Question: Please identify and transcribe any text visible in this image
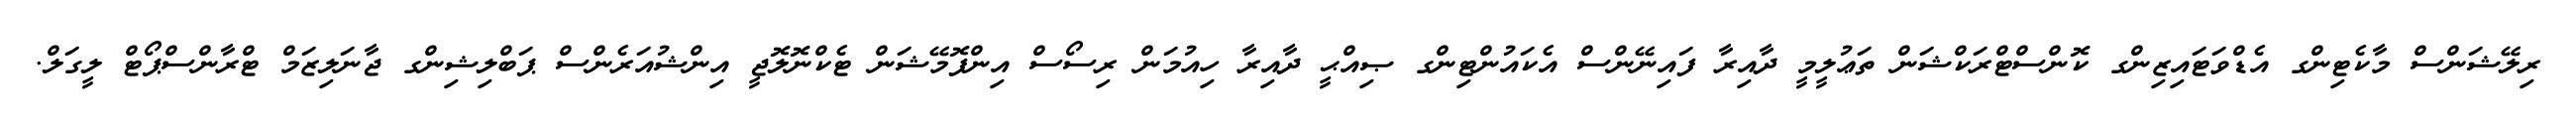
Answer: ރިލޭޝަންސް މާކެޓިންގ އެޑްވަޓައިޒިންގ ކޮންސްޓްރަކްޝަން ތަޢުލީމީ ދާއިރާ ފައިނޭންސް އެކައުންޓިންގ ޞިއްޙީ ދާއިރާ ހިއުމަން ރިސޯސް އިންފޮމޭޝަން ޓެކްނޮލޮޖީ އިންޝުއަރެންސް ޕަބްލިޝިންގ ޖާނަލިޒަމް ޓްރާންސްޕޯޓް ލީގަލް.